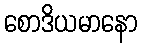
စောဒိယမာနော